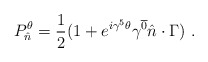
\begin{align*}P_{\hat n}^\theta={1\over2}(1+e^{i\gamma^5\theta}\gamma^{\overline{0}}\hat n\cdot\Gamma)\ .\end{align*}